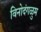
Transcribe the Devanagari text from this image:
विनोदंगळुम